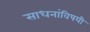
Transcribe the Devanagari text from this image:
साधनांविषयी